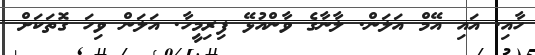
ހާއި. އައި އޭމް އަލަން. ލާނާގެ ވާންއުޅޭ ފިރިމީހާ. އަލަން ވިހަ ގޮތަކަށް